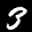
Label: 3